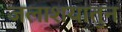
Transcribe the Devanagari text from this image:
जलाशयातुन